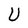
Character: U